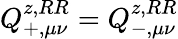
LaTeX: Q_{+,\mu\nu}^{z,RR}=Q_{-,\mu\nu}^{z,RR}